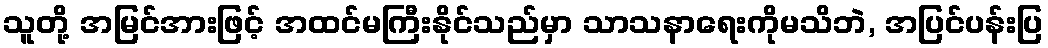
သူတို့ အမြင်အားဖြင့် အထင်မကြီးနိုင်သည်မှာ သာသနာရေးကိုမသိဘဲ, အပြင်ပန်းပြ